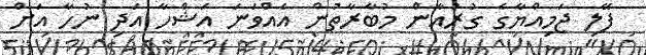
ފޭލި ޖަމިއްޔާގެ ގުރުއާން މުބާރާތުން އެއްވަނަ އަޝްހާ އަދި ނުހާ އަށް